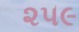
૨૫૯